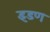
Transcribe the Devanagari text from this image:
इडण